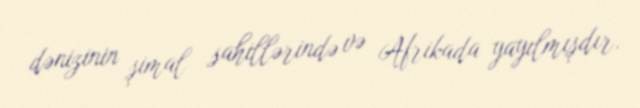
dənizinin şimal sahillərində və Afrikada yayılmışdır.